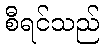
စီရင်သည်